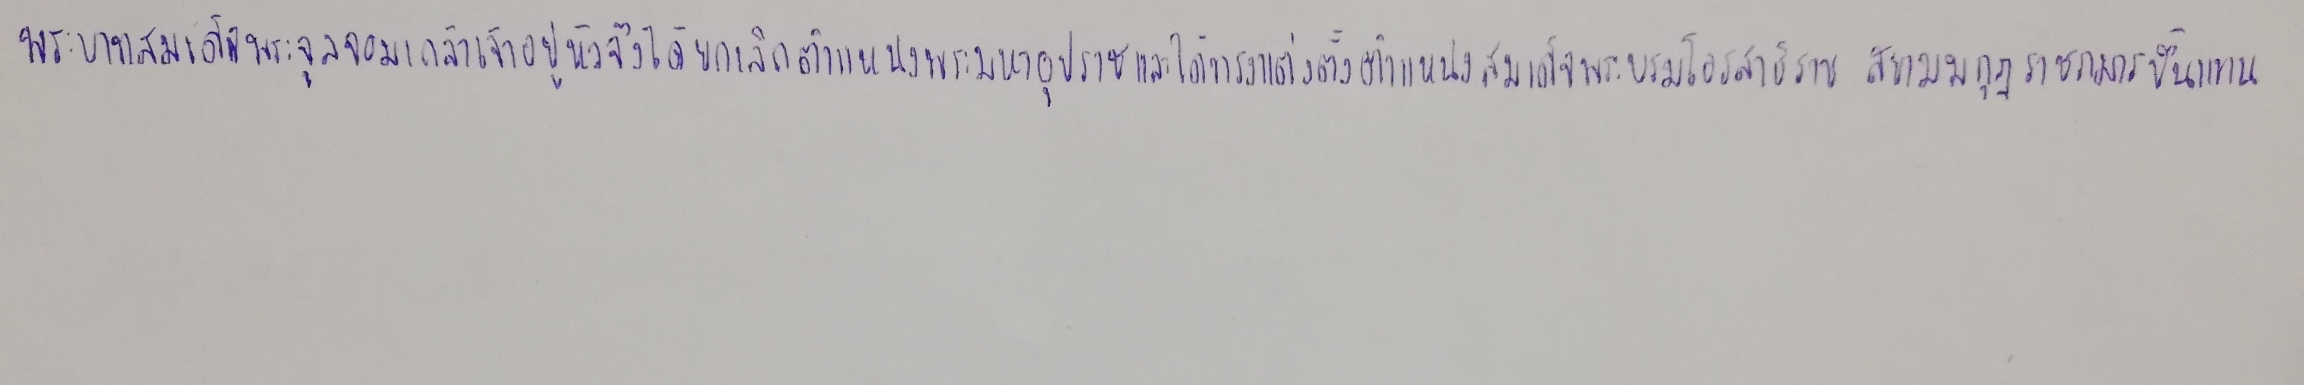
พระบาทสมเด็จพระจุลจอมเกล้าเจ้าอยู่หัวจึงได้ยกเลิกตำแหน่งพระมหาอุปราชและได้ทรงแต่งตั้งตำแหน่งสมเด็จพระบรมโอรสาธิราช สยามมกุฎราชกุมารขึ้นแทน